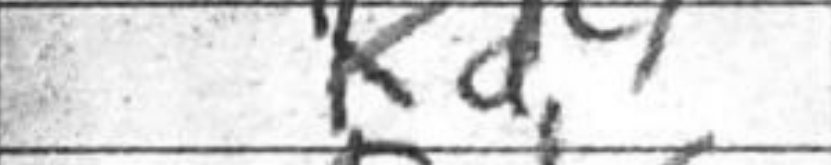
Transcription: Kd4